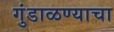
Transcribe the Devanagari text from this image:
गुंडाळण्याचा